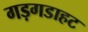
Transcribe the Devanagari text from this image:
गड़गडाहट